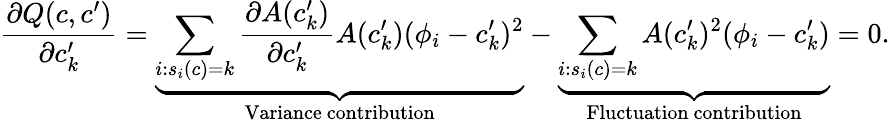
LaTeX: {\frac{\partial Q(c,c^{\prime})}{\partial c_{k}^{\prime}}=\underbrace{\sum_{i:s_{i}(c)=k}\frac{\partial A(c_{k}^{\prime})}{\partial c_{k}^{\prime}}A(c_{k}^{\prime})(\phi_{i}-c_{k}^{\prime})^{2}}_{\mathrm{Variance~contribution}}-\underbrace{\sum_{i:s_{i}(c)=k}A(c_{k}^{\prime})^{2}(\phi_{i}-c_{k}^{\prime})}_{\mathrm{Fluctuation~contribution}}=0.}